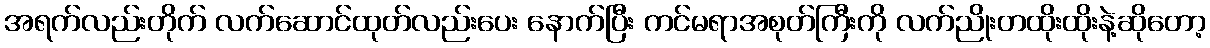
အရက်လည်းတိုက် လက်ဆောင်ထုတ်လည်းပေး နောက်ပြီး ကင်မရာအစုတ်ကြီးကို လက်ညိုးတထိုးထိုးနဲ့ဆိုတော့